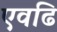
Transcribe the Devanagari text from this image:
एवढि